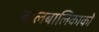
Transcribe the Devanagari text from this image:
बालबालिकाको